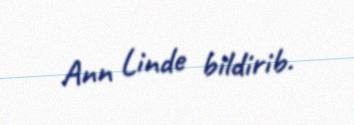
Ann Linde bildirib.